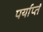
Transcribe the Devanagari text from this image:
पर्याप्तं